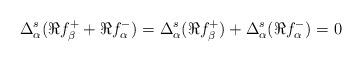
LaTeX: \begin{align*}\Delta_{\alpha}^{s} ( \Re f_{\beta}^{+}+\Re f_{\alpha}^{-} )&=\Delta_{\alpha}^{s}(\Re f_{\beta}^{+})+ \Delta_{\alpha}^{s}(\Re f_{\alpha}^{-})=0\end{align*}